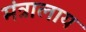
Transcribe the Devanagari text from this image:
मंत्रालाय